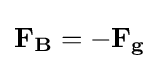
\mathbf {F_{B}} =-\mathbf {F_{g}}